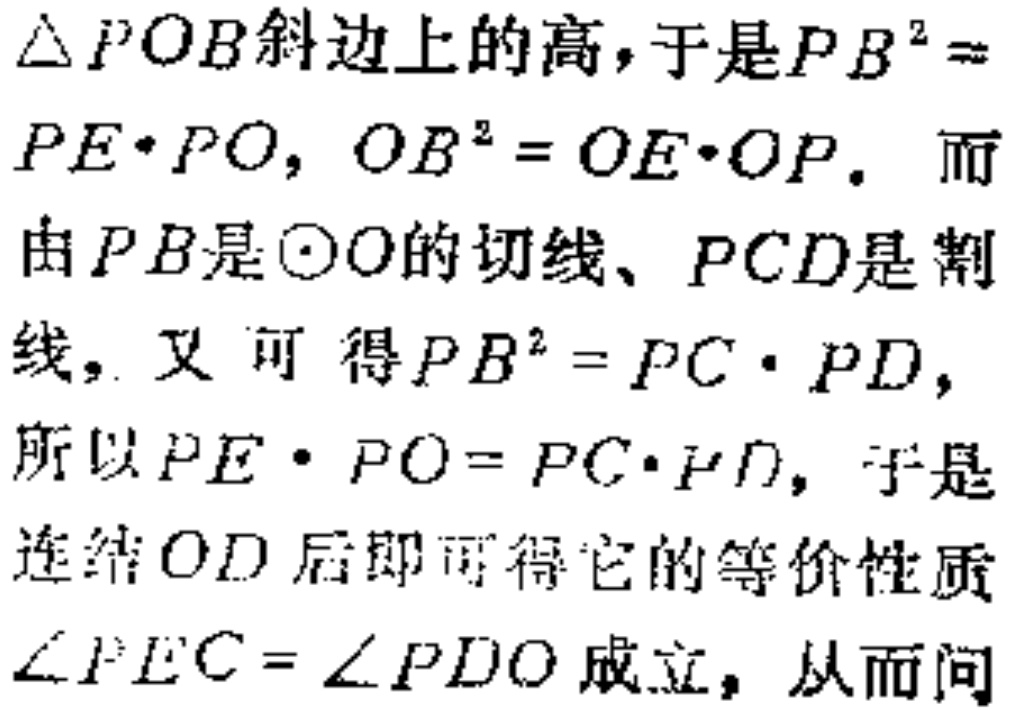
$\triangle POB$斜边上的高，于是$PB^{2} =$
$PE\cdot PO$, $OB^{2}=OE\cdot OP$. 而
由$PB$是$\odot O$的切线、$PCD$是割
线，又可得$PB^{2}=PC\cdot PD$,
所以$PE\cdot PO = PC\cdot PD$, 于是
连结$OD$后即可得它的等价性质
$\angle PEC=\angle PDO$成立，从而问